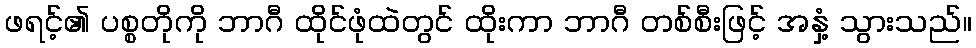
ဖရင့်၏ ပစ္စတိုကို ဘာဂီ ထိုင်ဖုံထဲတွင် ထိုးကာ ဘာဂီ တစ်စီးဖြင့် အနှံ့ သွားသည်။